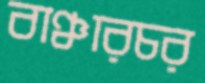
বাঞ্চারচর